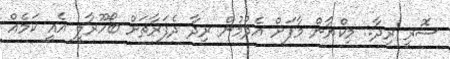
ސޮރީ ރިދާ.. މިކްޔާން މާފަށް އެދުމުން ރިދާ ދެފަރާތަށް ބޯހޫރާލީ އެއީ ކަމެއް